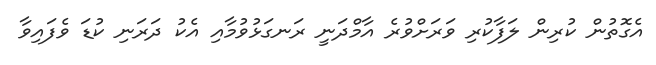
އެގޮތުން ކުރިން ލަފާކުރި ވަރަށްވުރެ އާމްދަނީ ރަނގަޅުވުމާއި އެކު ދަރަނި ކުޑަ ވެފައިވާ